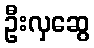
ဦးလှဆွေ